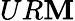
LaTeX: UR\mathbf{M}